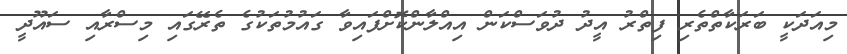
މިއަދަކީ ބަރަކާތްތެރި ފިތްރު އީދު ދުވަސްކަން އިއްލާންކޮށްފައިވާ ގައުމުތަކުގެ ތެރޭގައި މިސްރާއި ސައޫދީ